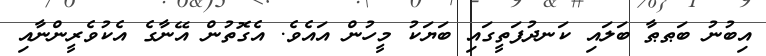
އިބުނު ބަޠޠާ ބަލައި ކަނދުފަތީގައި ބަޔަކު މީހުން އައެވެ. އެގޮތުން އޭނާގެ އެކުވެރީންނާއި